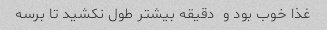
غذا خوب بود و  دقیقه بیشتر طول نکشید تا برسه